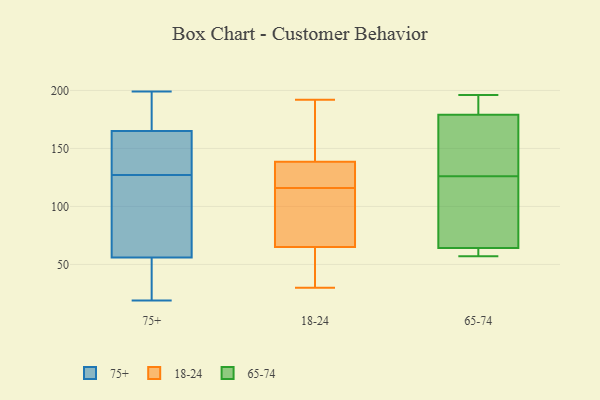
{"axis": {"x": "Temperature (°C)", "y": "Value"}, "legend": ["18-24", "65-74", "75+"], "data": [{"x": "", "y": 153, "type": "75+"}, {"x": "", "y": 56, "type": "75+"}, {"x": "", "y": 167, "type": "75+"}, {"x": "", "y": 165, "type": "75+"}, {"x": "", "y": 195, "type": "75+"}, {"x": "", "y": 21, "type": "75+"}, {"x": "", "y": 148, "type": "75+"}, {"x": "", "y": 26, "type": "75+"}, {"x": "", "y": 114, "type": "75+"}, {"x": "", "y": 189, "type": "75+"}, {"x": "", "y": 80, "type": "75+"}, {"x": "", "y": 139, "type": "75+"}, {"x": "", "y": 115, "type": "75+"}, {"x": "", "y": 141, "type": "75+"}, {"x": "", "y": 84, "type": "75+"}, {"x": "", "y": 199, "type": "75+"}, {"x": "", "y": 44, "type": "75+"}, {"x": "", "y": 19, "type": "75+"}, {"x": "", "y": 68, "type": "18-24"}, {"x": "", "y": 141, "type": "18-24"}, {"x": "", "y": 112, "type": "18-24"}, {"x": "", "y": 138, "type": "18-24"}, {"x": "", "y": 139, "type": "18-24"}, {"x": "", "y": 192, "type": "18-24"}, {"x": "", "y": 123, "type": "18-24"}, {"x": "", "y": 51, "type": "18-24"}, {"x": "", "y": 62, "type": "18-24"}, {"x": "", "y": 97, "type": "18-24"}, {"x": "", "y": 120, "type": "18-24"}, {"x": "", "y": 30, "type": "18-24"}, {"x": "", "y": 119, "type": "65-74"}, {"x": "", "y": 63, "type": "65-74"}, {"x": "", "y": 139, "type": "65-74"}, {"x": "", "y": 194, "type": "65-74"}, {"x": "", "y": 126, "type": "65-74"}, {"x": "", "y": 152, "type": "65-74"}, {"x": "", "y": 68, "type": "65-74"}, {"x": "", "y": 188, "type": "65-74"}, {"x": "", "y": 57, "type": "65-74"}, {"x": "", "y": 196, "type": "65-74"}, {"x": "", "y": 62, "type": "65-74"}]}